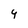
Character: 9